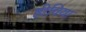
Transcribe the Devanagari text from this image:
हीविया